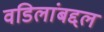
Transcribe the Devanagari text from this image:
वडिलांबद्दल